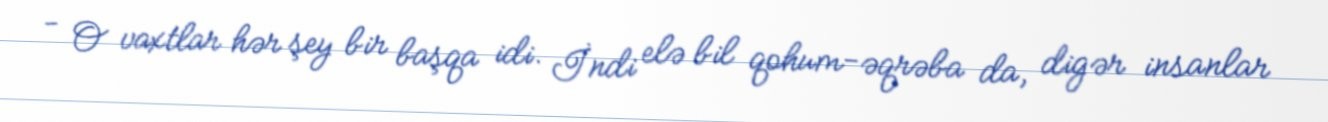
- O vaxtlar hər şey bir başqa idi. İndi elə bil qohum-əqrəba da, digər insanlar